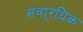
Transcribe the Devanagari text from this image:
सवा्रधिक